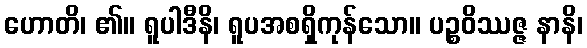
ဟောတိ၊ ၏။ ရူပါဒီနိ၊ ရူပအစရှိကုန်သော။ ပဉ္စဝိဿဇ္ဇ နာနိ၊